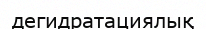
дегидратациялық